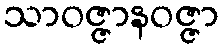
သာဝဇ္ဇာနဝဇ္ဇာ